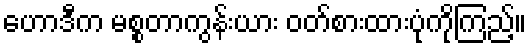
ဟောဒီက မစ္စတာကွန်းယား ဝတ်စားထားပုံကိုကြည့်။